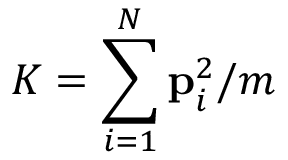
K = \sum _ { i = 1 } ^ { N } { \bf p } _ { i } ^ { 2 } / m